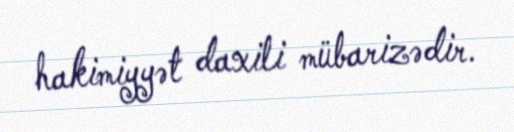
hakimiyyət daxili mübarizədir.